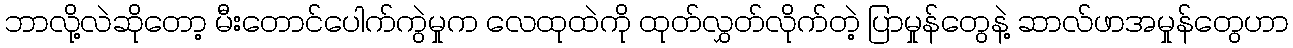
ဘာလို့လဲဆိုတော့ မီးတောင်ပေါက်ကွဲမှုက လေထုထဲကို ထုတ်လွှတ်လိုက်တဲ့ ပြာမှုန်တွေနဲ့ ဆာလ်ဖာအမှုန်တွေဟာ